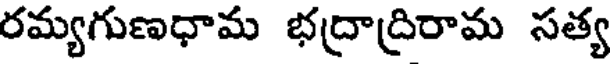
రమ్యగుణధామ భద్రాద్రిరామ సత్య